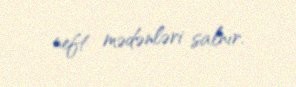
neft mədənləri salnır.